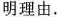
明理由.